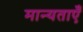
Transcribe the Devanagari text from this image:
मान्‍यताएँ